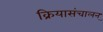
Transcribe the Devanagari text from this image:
क्रियासंचालन्